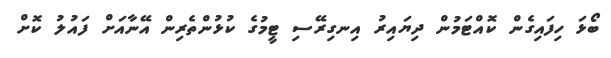
ބޯޅަ ހިފައިގެން ކޮއްޓަމުން ދިޔައިރު އިނގިރޭސި ޓީމުގެ ކުޅުންތެރިން އޭނާއަށް ފައުލު ކޮށް